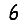
Digit: 6